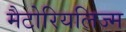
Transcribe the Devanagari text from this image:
मैटोरियलिज्म